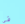
في